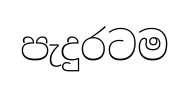
පැදුරටම